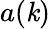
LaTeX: a(\mathit{k})